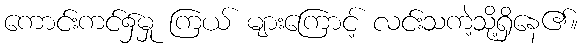
ကောင်းကင်၌မှု ကြယ် များကြောင့် လင်းသကဲ့သို့ရှိနေ၏။